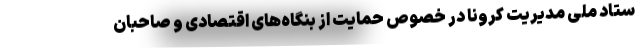
ستاد ملی مدیریت کرونا در خصوص حمایت از بنگاه‌های اقتصادی و صاحبان